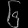
Digit: ၆